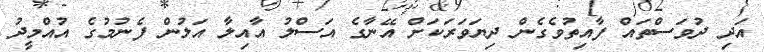
އަދި ދުވަސްތައް ފާއިތުވެގެން ދިޔަވަރަކަށް އޭނާގެ އަސްލު އާއިލާ އަލުން ފެނުމުގެ އުއްމީދު